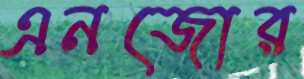
এনজোর